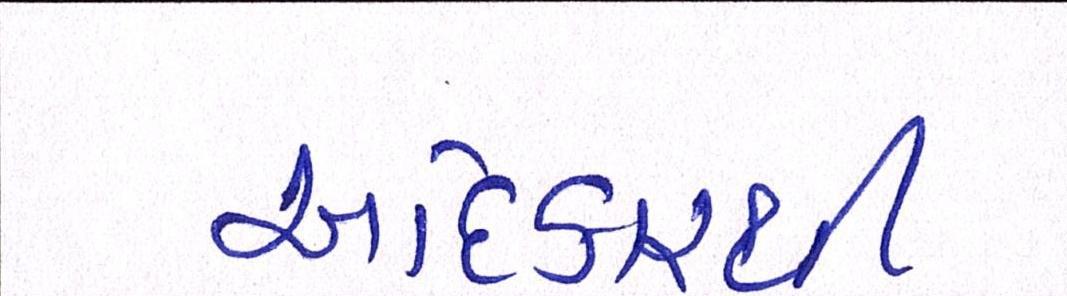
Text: અધિકારથી